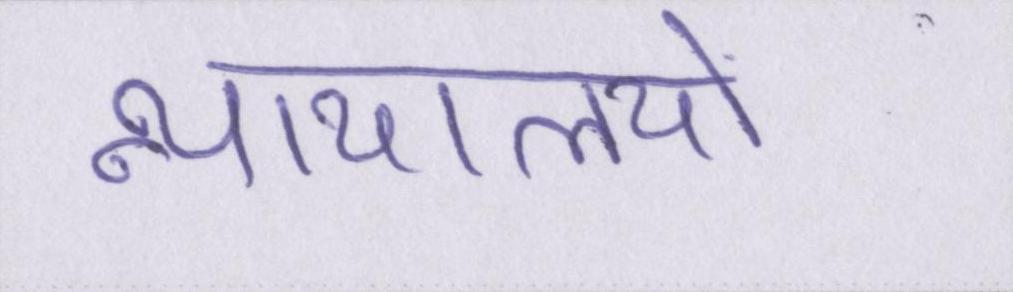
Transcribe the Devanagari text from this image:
न्यायालयो